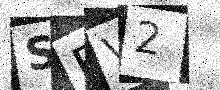
Text: SEV2